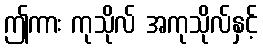
ဤကား ကုသိုလ် အကုသိုလ်နှင့်